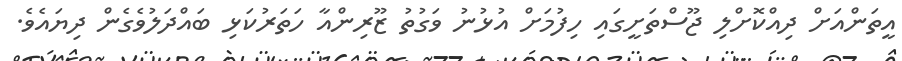
އީތަންއަށް ދިއްކޮށްލި ޖޫސްތަށީގައި ހިފުމަށް އުޅުނު ވަގުތު ޒޫރިންއާ ހަތަރުކަޅި ބައްދަލުވެގެން ދިޔައެވެ.